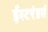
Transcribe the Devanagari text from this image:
ईस्टएंडर्स